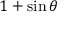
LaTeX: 1 + \sin \theta